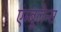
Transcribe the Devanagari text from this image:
एम्बूलेन्स